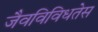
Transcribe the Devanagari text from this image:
जैवविविधतेस